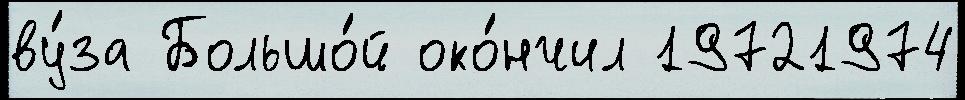
ву́за Большо́й око́нчил 19721974